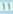
Transcribe